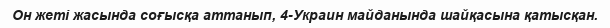
Он жеті жасында соғысқа аттанып, 4-Украин майданында шайқасына қатысқан.